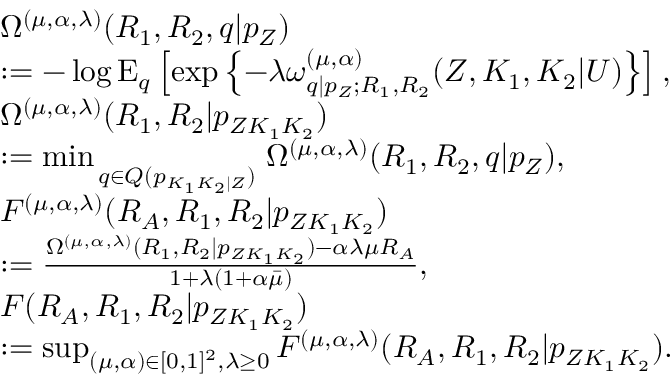
\begin{array} { r l } & { \Omega ^ { ( \mu , \alpha , \lambda ) } ( R _ { 1 } , R _ { 2 } , q | p _ { Z } ) } \\ & { : = - \log \mathrm { E } _ { q } \left[ \exp \left\{ - \lambda \omega _ { q | p _ { Z } ; R _ { 1 } , R _ { 2 } } ^ { ( \mu , \alpha ) } ( Z , K _ { 1 } , K _ { 2 } | U ) \right\} \right] , } \\ & { \Omega ^ { ( \mu , \alpha , \lambda ) } ( R _ { 1 } , R _ { 2 } | { p _ { Z K _ { 1 } K _ { 2 } } } ) } \\ & { : = \operatorname* { m i n } _ { \scriptstyle \atop { \scriptstyle q \in { { \cal Q } } ( p _ { K _ { 1 } K _ { 2 } | { Z } } ) } } \Omega ^ { ( \mu , \alpha , \lambda ) } ( R _ { 1 } , R _ { 2 } , q | p _ { Z } ) , } \\ & { F ^ { ( \mu , \alpha , \lambda ) } ( R _ { \cal A } , R _ { 1 } , R _ { 2 } | { p _ { Z K _ { 1 } K _ { 2 } } } ) } \\ & { : = \frac { \Omega ^ { ( \mu , \alpha , \lambda ) } ( R _ { 1 } , R _ { 2 } | { p _ { Z K _ { 1 } K _ { 2 } } } ) - \alpha \lambda { \mu } R _ { \cal A } } { 1 + \lambda ( 1 + \alpha \bar { \mu } ) } , } \\ & { F ( R _ { \cal A } , R _ { 1 } , R _ { 2 } | { p _ { Z K _ { 1 } K _ { 2 } } } ) } \\ & { : = \operatorname* { s u p } _ { \scriptstyle ( \mu , \alpha ) \in [ 0 , 1 ] ^ { 2 } , \lambda \geq 0 } F ^ { ( \mu , \alpha , \lambda ) } ( R _ { \cal A } , R _ { 1 } , R _ { 2 } | { p _ { Z K _ { 1 } K _ { 2 } } } ) . } \end{array}